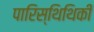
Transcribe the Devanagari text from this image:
पारिस्थिथिकी